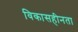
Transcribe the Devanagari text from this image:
विकासहीनता